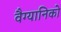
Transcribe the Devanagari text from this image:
वैग्यानिको